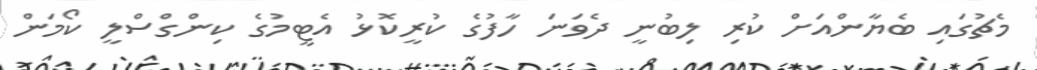
މެޗުގައި ބެޔާންއަށް ކުރި ލިބުނީ ދެވަނަ ހާފުގެ ކުރީކޮޅު އެޓީމުގެ ކިންގްސްލީ ކޯމަން